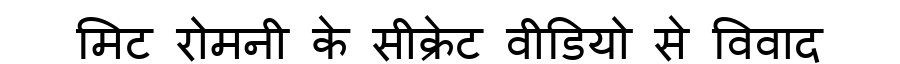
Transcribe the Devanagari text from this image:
मिट रोमनी के सीक्रेट वीडियो से विवाद